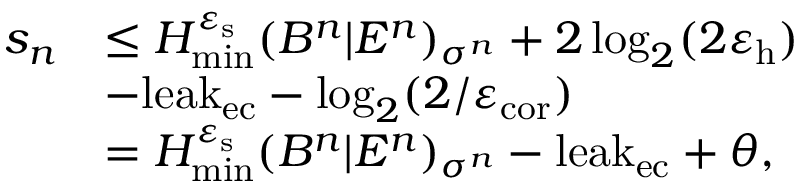
\begin{array} { r l } { s _ { n } } & { \leq H _ { \mathrm { m i n } } ^ { \varepsilon _ { \mathrm { s } } } ( B ^ { n } | E ^ { n } ) _ { \sigma ^ { n } } + 2 \log _ { 2 } ( 2 \varepsilon _ { \mathrm { h } } ) } \\ & { - \mathrm { l e a k } _ { \mathrm { e c } } - \log _ { 2 } ( 2 / \varepsilon _ { \mathrm { c o r } } ) } \\ & { = H _ { \mathrm { m i n } } ^ { \varepsilon _ { \mathrm { s } } } ( B ^ { n } | E ^ { n } ) _ { \sigma ^ { n } } - \mathrm { l e a k } _ { \mathrm { e c } } + \theta , } \end{array}